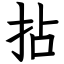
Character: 拈